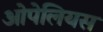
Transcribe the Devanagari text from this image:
ओपेलियस